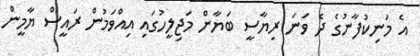
އެ މަނިކުފާނުގެ ދެ ވަނަ ރިޔާސީ ބަޔާން މަޖިލީހުގައި އިއްވަމުން ރައީސް ޔާމީން